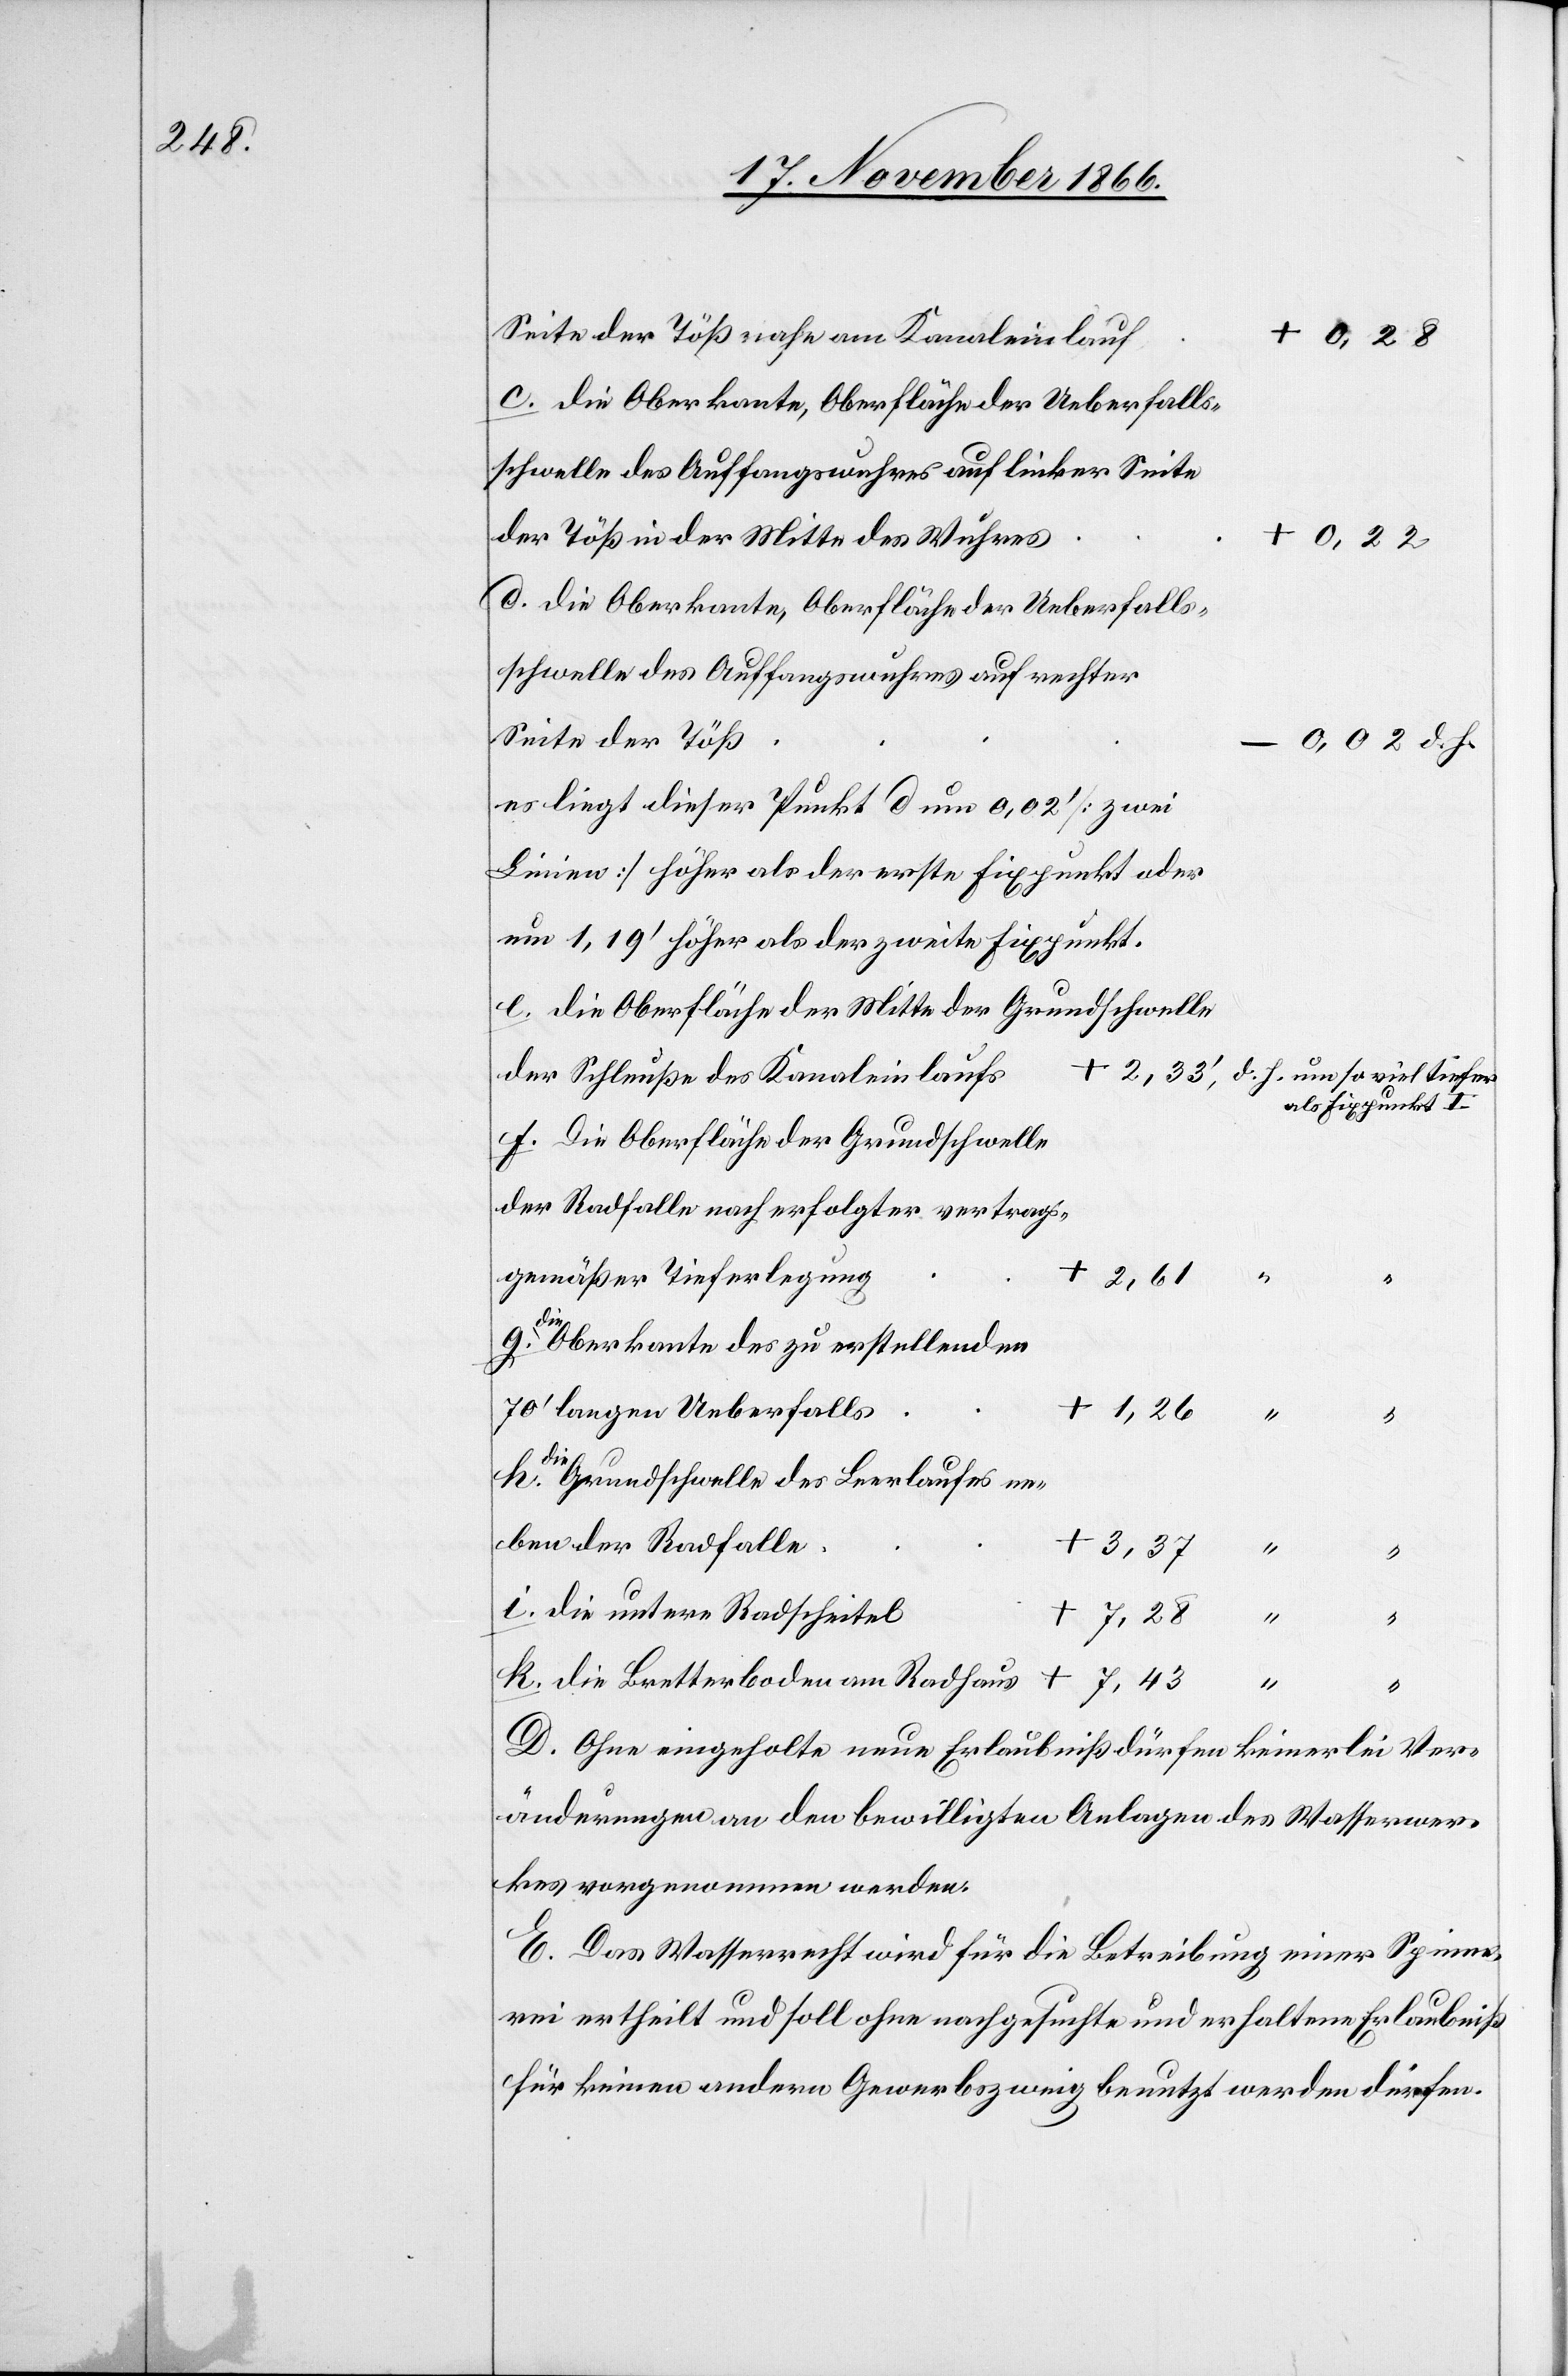
Seite der Töß nahe am Kanaleinlauf
+ 7,28
die Oberkante, Oberfläche der Ueberfalls¬
schwelle des Auffangswuhres auf linker Seite
der Töß in der Mitte des Wuhres
die Oberkante, Oberfläche der Ueberfalls¬
schwelle des Auffangswuhres auf rechter
Seite der Töß
-0,02 d. h.
um
es liegt dieser Punkt d um 0,02‘ [zwei
Linien] höher als der erste Fixpunkt oder
um 1,19‘ höher als der zweite Fixpunkt.
die Oberfläche der Mitte der Grundschwelle
der Schleuße des Kanaleinlaufs
als Fixpunkt I
Die Oberfläche der Grundschwelle
der Radfalle nach erfolgter vertrags¬
gemäßer Tieferlegung
+ 2,61
die Oberkante des zu erstellenden
70‘ langen Ueberfalls
k.
Die Grundschwelle des Leerlaufes ne¬
ben der Radfalle
die untere Radscheitel
die Bretterboden am Radhaus
+
D. Ohne eingeholte neue Erlaubniß dürfen keinerlei Ver¬
änderungen an den bewilligten Anlagen des Wasserwer¬
kes vorgenommen werden.
E. Das Wasserrecht wird für die Betreibung einer Spinne¬
rei ertheilt und soll ohne nachgesuchte und erhaltene Erlaubniß
für keinen andern Gewerbszweig benutzt werden dürfen.